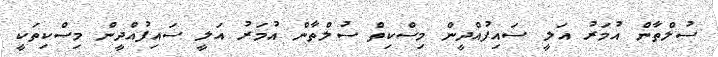
ސުލްތާން އުމަރު އަލީ ސައިފުއްދީން މިސްކިތް ސުލްތާން އުމަރު އަލީ ސައިފުއްދީން މިސްކިތަކީ